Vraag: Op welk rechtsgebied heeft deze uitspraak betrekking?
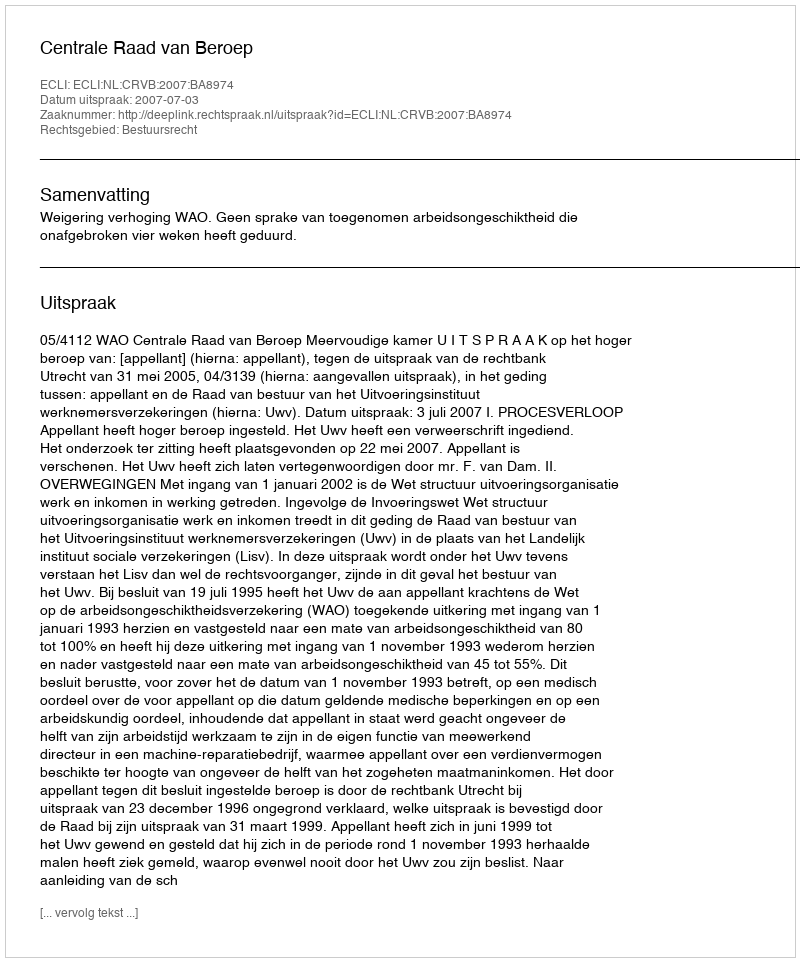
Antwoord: Bestuursrecht